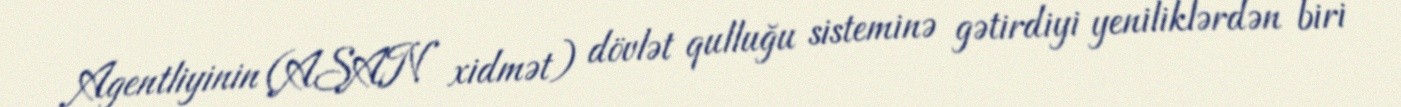
Agentliyinin (ASAN xidmət) dövlət qulluğu sisteminə gətirdiyi yeniliklərdən biri